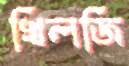
খিলজি